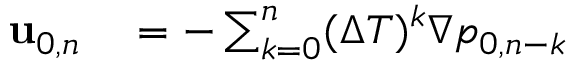
\begin{array} { r l } { \mathbf { u } _ { 0 , n } } & { { } = - \sum _ { k = 0 } ^ { n } ( \Delta T ) ^ { k } \nabla p _ { 0 , n - k } } \end{array}